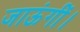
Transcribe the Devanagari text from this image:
जाऊंगीं।